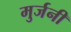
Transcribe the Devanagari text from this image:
मुर्जनी